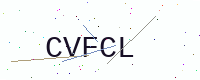
Text: CVFCL